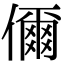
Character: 儞